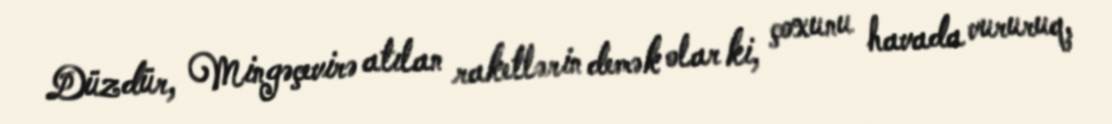
Düzdür, Mingəçevirə atılan raketlərin demək olar ki, çoxunu havada vururuq,